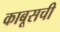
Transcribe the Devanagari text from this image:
काबूसची